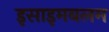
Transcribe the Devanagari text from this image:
इसाइमबलम